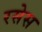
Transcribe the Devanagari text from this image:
रसेस